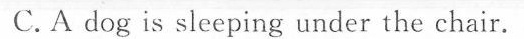
C.A dog is sleeping under the chair.